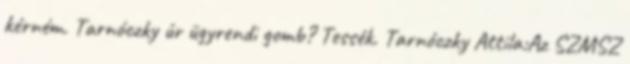
kérném. Tarnóczky úr ügyrendi gomb? Tessék. Tarnóczky Attila:Az SZMSZ